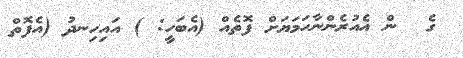
ގެ  ން އެއުރެންނާހަމަޔަށް ފޮތެއް (އެބަހީ: ) އައިހިނދު (އެފޮތް